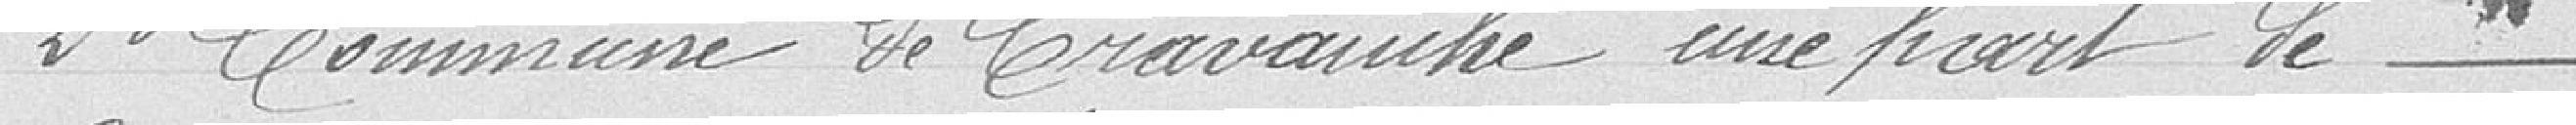
2° Commune de Cravanche une part de